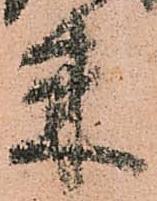
米